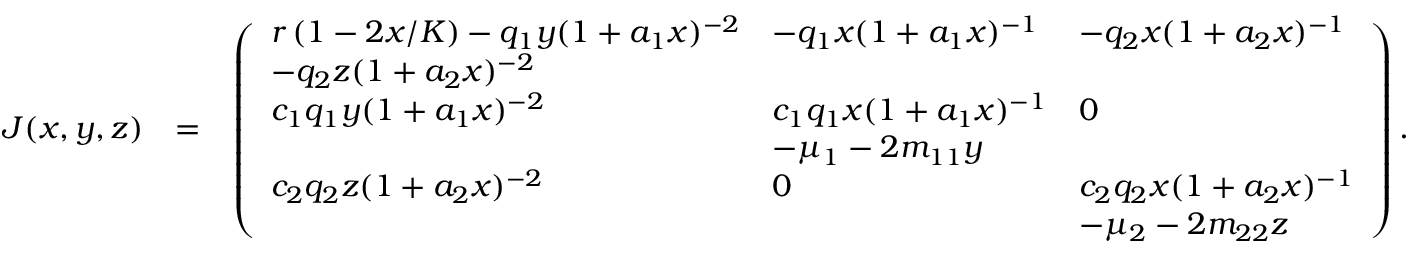
\begin{array} { r l r } { J ( x , y , z ) } & { = } & { \left( \begin{array} { l l l } { r \left( 1 - 2 x / K \right) - q _ { 1 } y ( 1 + a _ { 1 } x ) ^ { - 2 } } & { - q _ { 1 } x ( 1 + a _ { 1 } x ) ^ { - 1 } } & { - q _ { 2 } x ( 1 + a _ { 2 } x ) ^ { - 1 } } \\ { - q _ { 2 } z ( 1 + a _ { 2 } x ) ^ { - 2 } } \\ { c _ { 1 } q _ { 1 } y ( 1 + a _ { 1 } x ) ^ { - 2 } } & { c _ { 1 } q _ { 1 } x ( 1 + a _ { 1 } x ) ^ { - 1 } } & { 0 } \\ & { - \mu _ { 1 } - 2 m _ { 1 1 } y } \\ { c _ { 2 } q _ { 2 } z ( 1 + a _ { 2 } x ) ^ { - 2 } } & { 0 } & { c _ { 2 } q _ { 2 } x ( 1 + a _ { 2 } x ) ^ { - 1 } } \\ & & { - \mu _ { 2 } - 2 m _ { 2 2 } z } \end{array} \right) . } \end{array}